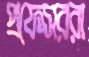
প্রফেসররা